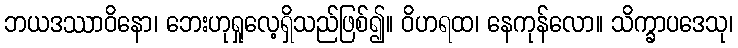
ဘယဒဿာဝိနော၊ ဘေးဟုရှုလေ့ရှိသည်ဖြစ်၍။ ဝိဟရထ၊ နေကုန်လော။ သိက္ခာပဒေသု၊